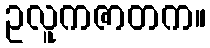
ဥလူကဇာတက။